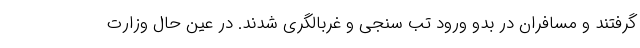
گرفتند و مسافران در بدو ورود تب سنجی و غربالگری شدند. در عین حال وزارت